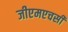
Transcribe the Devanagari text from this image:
जीएमएचसी